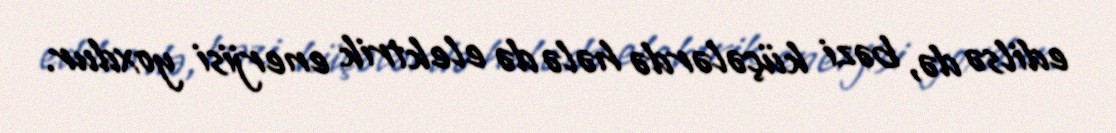
edilsə də, bəzi küçələrdə hələ də elektrik enerjisi yoxdur.